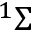
^ 1 \Sigma